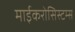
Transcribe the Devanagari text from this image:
माईकरोसिस्टम्स